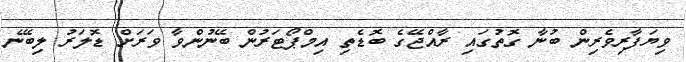
ވިޔަފާރިވެރިން ބުނާ ގޮތުގައި ރާއްޖޭގެ ބޮޑެތި އިމްޕޯޓަރުން ބޭނުންވާ ވަރަށް ޑޮލަރު ލިބޭނެ